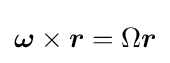
{\boldsymbol {\omega }}\times {\boldsymbol {r}}=\Omega {\boldsymbol {r}}